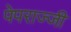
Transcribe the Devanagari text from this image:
पेपराज्जी